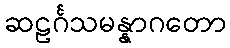
ဆဠင်္ဂသမန္နာဂတော